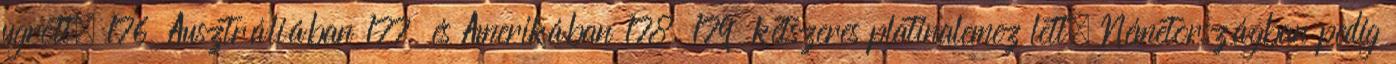
ugrott. 176 Ausztráliában 177 és Amerikában 178 179 kétszeres platinalemez lett, Németországban pedig